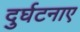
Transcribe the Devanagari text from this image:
दुर्घटनाए